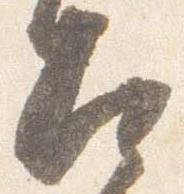
左